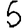
Digit: 5